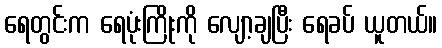
ရေတွင်းက ရေပုံးကြိုးကို လျော့ချပြီး ရေခပ် ယူတယ်။